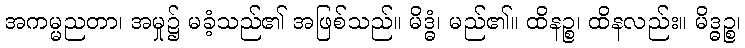
အကမ္မညတာ၊ အမှု၌ မခံ့သည်၏ အဖြစ်သည်။ မိဒ္ဓံ၊ မည်၏။ ထိနဉ္စ၊ ထိနလည်း။ မိဒ္ဓဉ္စ၊